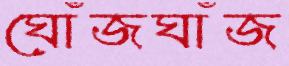
ঘোঁজঘাঁজ